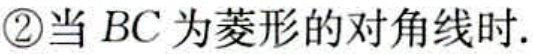
\textcircled{2}当 \(BC\) 为菱形的对角线时.